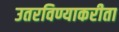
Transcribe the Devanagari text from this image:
उतरविण्याकरीता